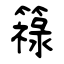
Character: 簶